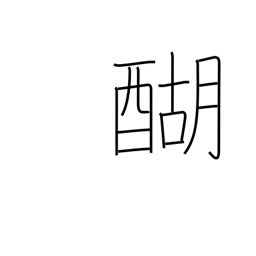
Meaning: boiled butter